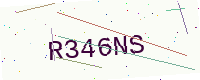
Text: R346NS